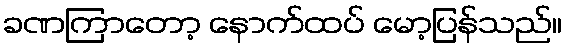
ခဏကြာတော့ နောက်ထပ် မော့ပြန်သည်။